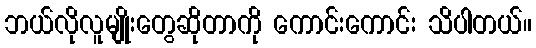
ဘယ်လိုလူမျိုးတွေဆိုတာကို ကောင်းကောင်း သိပါတယ်။